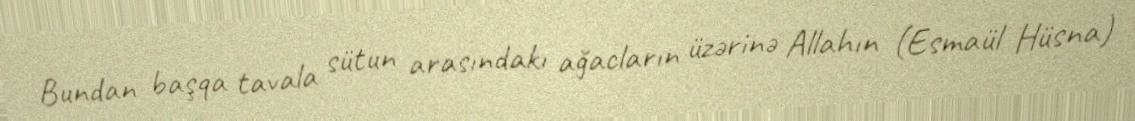
Bundan başqa tavala sütun arasındakı ağacların üzərinə Allahın (Esmaül Hüsna)